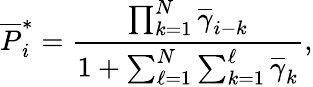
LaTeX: \overline{P}_{i}^{*}=\frac{\prod_{k=1}^{N}\overline{\gamma}_{i-k}}{1+\sum_{\ell=1}^{N}\sum_{k=1}^{\ell}\overline{\gamma}_{k}},